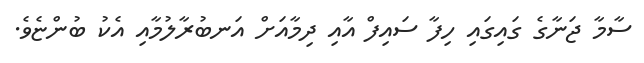
ސާމާ ޖަނާގެ ގައިގައި ހިފާ ސައިފް އާއި ދިމާއަށް އަނބުރާލުމާއި އެކު ބުންޏެވެ.